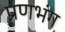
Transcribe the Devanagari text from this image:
प्रणभंग